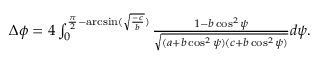
\begin{array} { r } { \Delta \phi = 4 \int _ { 0 } ^ { \frac { \pi } { 2 } - \arcsin ( \sqrt { \frac { - c } { b } } ) } \frac { 1 - b \cos ^ { 2 } \psi } { \sqrt { ( a + b \cos ^ { 2 } \psi ) ( c + b \cos ^ { 2 } \psi ) } } d \psi . } \end{array}